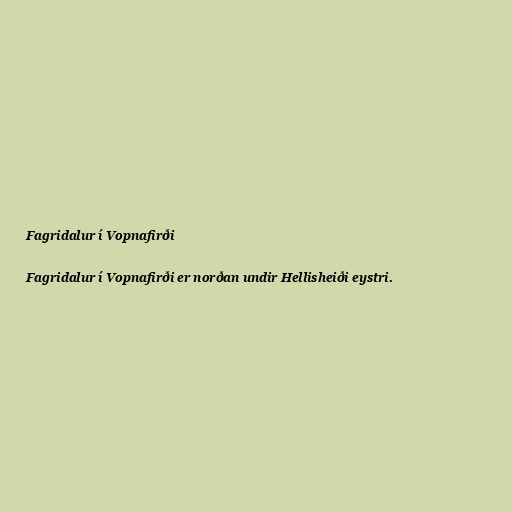
Fagridalur í Vopnafirði

Fagridalur í Vopnafirði er norðan undir Hellisheiði eystri.